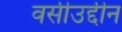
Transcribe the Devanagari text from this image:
वसीउद्दीन